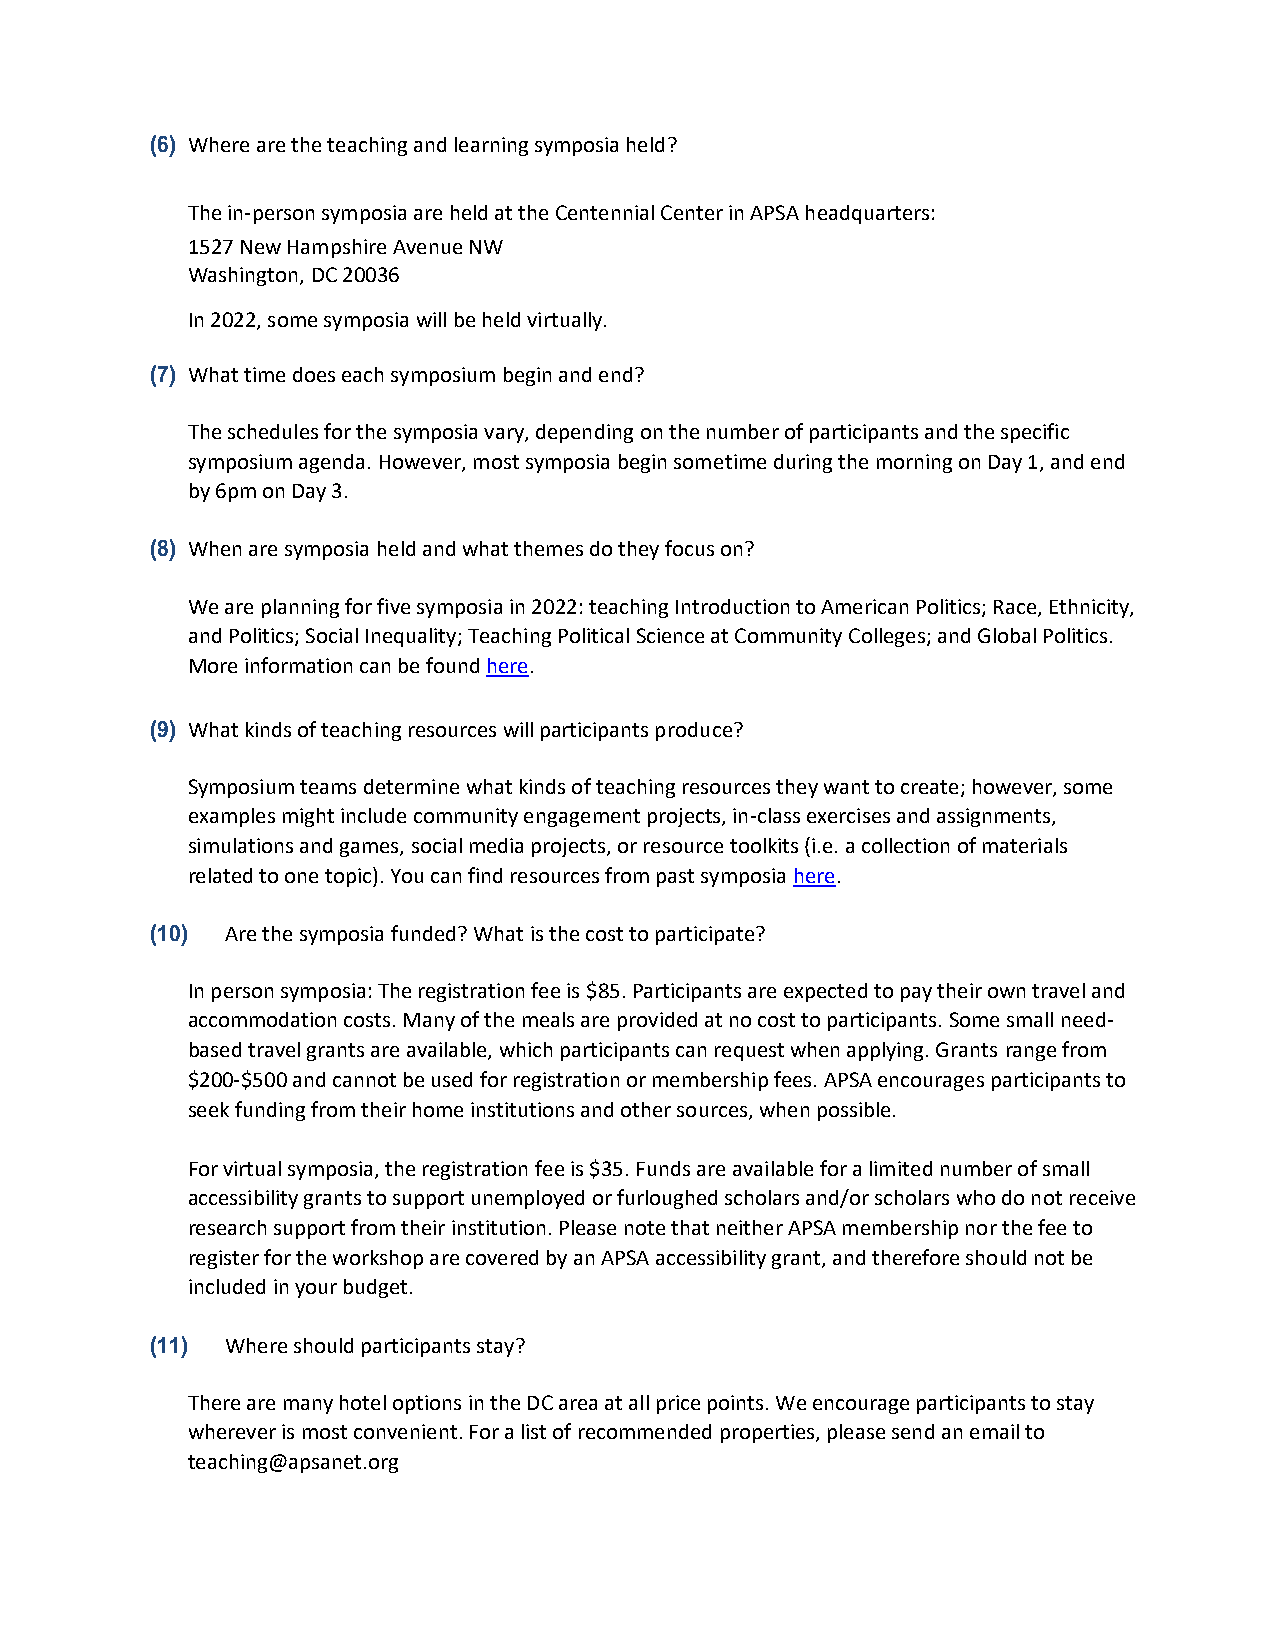
(6) Where are the teaching and learning symposia held?
 The in-person symposia are held at the Centennial Center in APSA headquarters:
 1527 New Hampshire Avenue NW
 Washington, DC 20036
 In 2022, some symposia will be held virtually.
 (7) What time does each symposium begin and end?
 The schedules for the symposia vary, depending on the number of participants and the specific
 symposium agenda. However, most symposia begin sometime during the morning on Day 1, and end
 by 6pm on Day 3.
 (8) When are symposia held and what themes do they focus on?
 We are planning for five symposia in 2022: teaching Introduction to American Politics; Race, Ethnicity,
 and Politics; Social Inequality; Teaching Political Science at Community Colleges; and Global Politics.
 More information can be found here.
 (9) What kinds of teaching resources will participants produce?
 Symposium teams determine what kinds of teaching resources they want to create; however, some
 examples might include community engagement projects, in-class exercises and assignments,
 simulations and games, social media projects, or resource toolkits (i.e. a collection of materials
 related to one topic). You can find resources from past symposia here.
 (10) Are the symposia funded? What is the cost to participate?
 In person symposia: The registration fee is $85. Participants are expected to pay their own travel and
 accommodation costs. Many of the meals are provided at no cost to participants. Some small need-
 based travel grants are available, which participants can request when applying. Grants range from
 $200-$500 and cannot be used for registration or membership fees. APSA encourages participants to
 seek funding from their home institutions and other sources, when possible.
 For virtual symposia, the registration fee is $35. Funds are available for a limited number of small
 accessibility grants to support unemployed or furloughed scholars and/or scholars who do not receive
 research support from their institution. Please note that neither APSA membership nor the fee to
 register for the workshop are covered by an APSA accessibility grant, and therefore should not be
 included in your budget.
 (11) Where should participants stay?
 There are many hotel options in the DC area at all price points. We encourage participants to stay
 wherever is most convenient. For a list of recommended properties, please send an email to
 teaching@apsanet.org